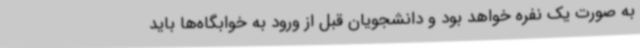
به صورت یک نفره خواهد بود و دانشجویان قبل از ورود به خوابگاه‌ها باید